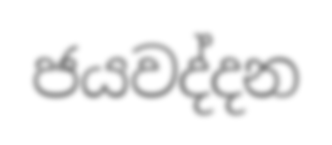
ජයවද්දන